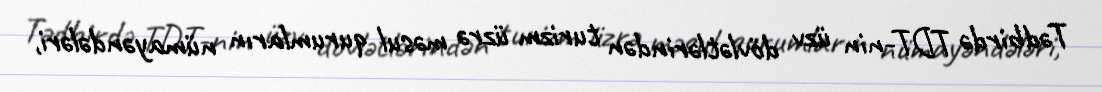
Tədbirdə TDT-nin üzv dövlətlərindən turizm üzrə məsul qurumların nümayəndələri,